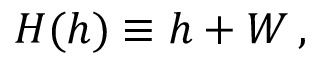
H ( h ) \equiv h + W \, ,